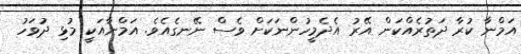
އަމްނާ ކުރާ ދަތުރެއްކަން އޭރު އެދެމީހުންނަކަށް ވެސް ނޭނގެއެވެ. އަމްނާއަކީ މުޅި ދުވަހު